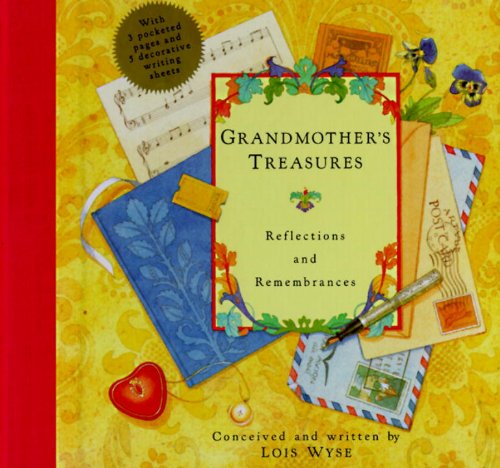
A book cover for Grandmother's Treasures: Reflections and Remembrances; Lois Wyse; Parenting & Relationships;